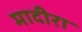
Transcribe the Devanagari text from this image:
मादीरा